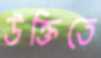
উক্তিতে